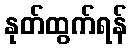
နုတ်ထွက်ရန်